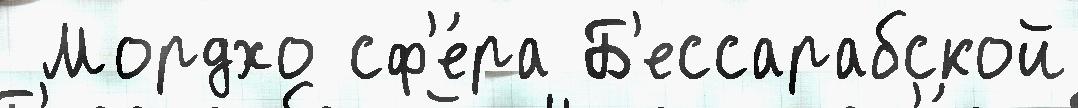
 Мордхо сф'е́ра Б'ессарабской